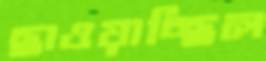
ছাওয়াচ্ছিল